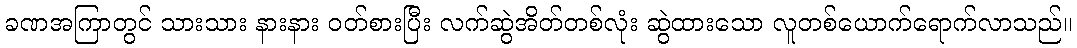
ခဏအကြာတွင် သားသား နားနား ဝတ်စားပြီး လက်ဆွဲအိတ်တစ်လုံး ဆွဲထားသော လူတစ်ယောက်ရောက်လာသည်။